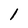
Character: 1